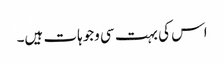
اس کی بہت سی وجوہات ہیں۔